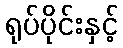
ရုပ်ပိုင်းနှင့်